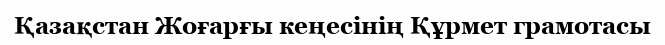
Қазақстан Жоғарғы кеңесінің Құрмет грамотасы